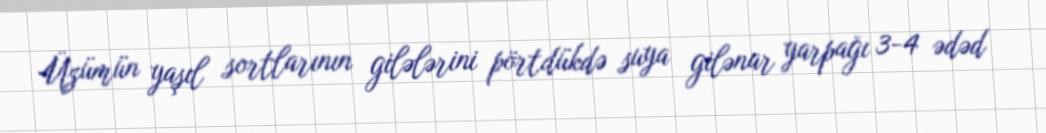
Üzümün yaşıl sortlarının gilələrini pörtdükdə suya gilənar yarpağı 3-4 ədəd